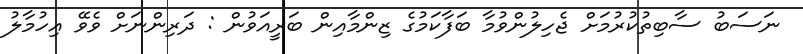
ނަސަބު ސާބިތުކުރުމަށް ޖެހިލުންވުމާ ބަފާކަމުގެ ޒިންމާއިން ބަރީއަވުން : ދަރިންނަށް ވެވޭ އިހުމާލު